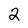
Character: 2